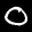
Label: 0